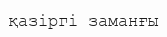
қазіргі заманғы